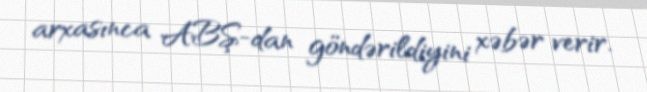
arxasınca ABŞ-dan göndərildiyini xəbər verir.